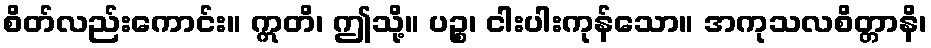
စိတ်လည်းကောင်း။ ဣတိ၊ ဤသို့။ ပဉ္စ၊ ငါးပါးကုန်သော။ အကုသလစိတ္တာနိ၊